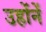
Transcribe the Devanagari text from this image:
उहोंनें